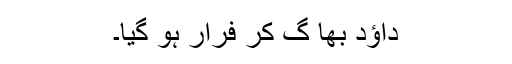
داؤد بھا گ کر فرار ہو گیا۔